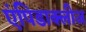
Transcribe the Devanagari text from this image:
एंपिडाक्लीज